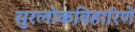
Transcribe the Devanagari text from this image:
सुरलोकविहारिणे